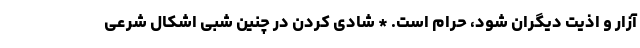
آزار و اذیت دیگران شود، حرام است. * شادی کردن در چنین شبی اشکال شرعی